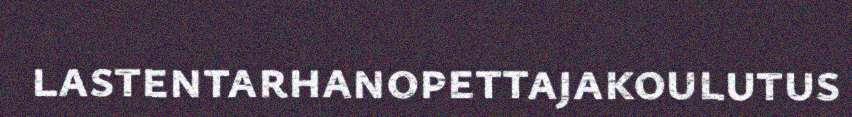
lastentarhanopettajakoulutus